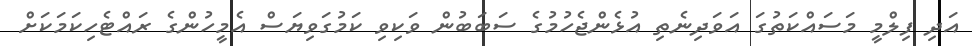
އަދި ފިލްމީ މަސައްކަތުގަ އަވަދިނެތި އުޅެންޖެހުމުގެ ސަބަބުން ވަކިވި ކަމުގަވިޔަސް އެމީހުންގެ ރައްޓެހިކަމަކަށް